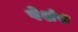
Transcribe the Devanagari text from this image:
पेशंस